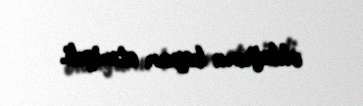
olduğunu bəyan etmişdi.